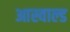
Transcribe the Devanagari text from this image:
आस्वाल्ड